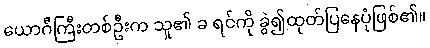
ယောဂီကြီးတစ်ဦးက သူ၏ ခ ရင်ကို ခွဲ၍ထုတ်ပြနေပုံဖြစ်၏။